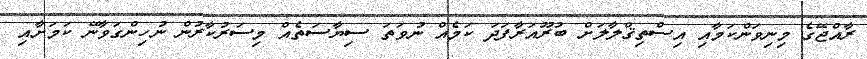
ރާއްޖޭގެ މިނިވަންކަމާއި އިސްތިޤްލާލަށް ބުރޫއަރާފަދަ ކަމެއް ނުވަތަ ސިޔާސަތެއް މިސަރުކާރުން ނުހިންގަވާނޭ ކަމަށާއި